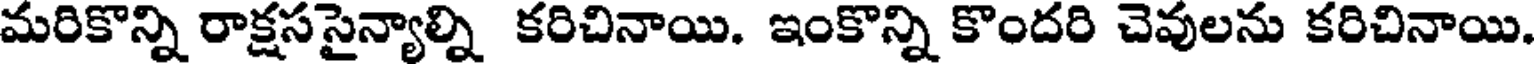
మరికొన్ని రాక్షససైన్యాల్ని కరిచినాయి. ఇంకొన్ని కొందరి చెవులను కరిచినాయి.